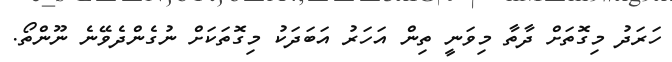
ހަރަދު މިގޮތަށް ދާތާ މިވަނީ ތިން އަހަރު އަބަދަކު މިގޮތަކަށް ނުގެންދެވޭނެ ނޫންތޯ.